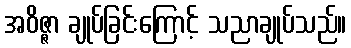
အဝိဇ္ဇာ ချုပ်ခြင်းကြောင့် သညာချုပ်သည်။